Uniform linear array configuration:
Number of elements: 12
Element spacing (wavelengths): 0.5
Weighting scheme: exponential
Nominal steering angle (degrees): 0
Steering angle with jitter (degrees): -0.5316
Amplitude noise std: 0.05
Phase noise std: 0.05

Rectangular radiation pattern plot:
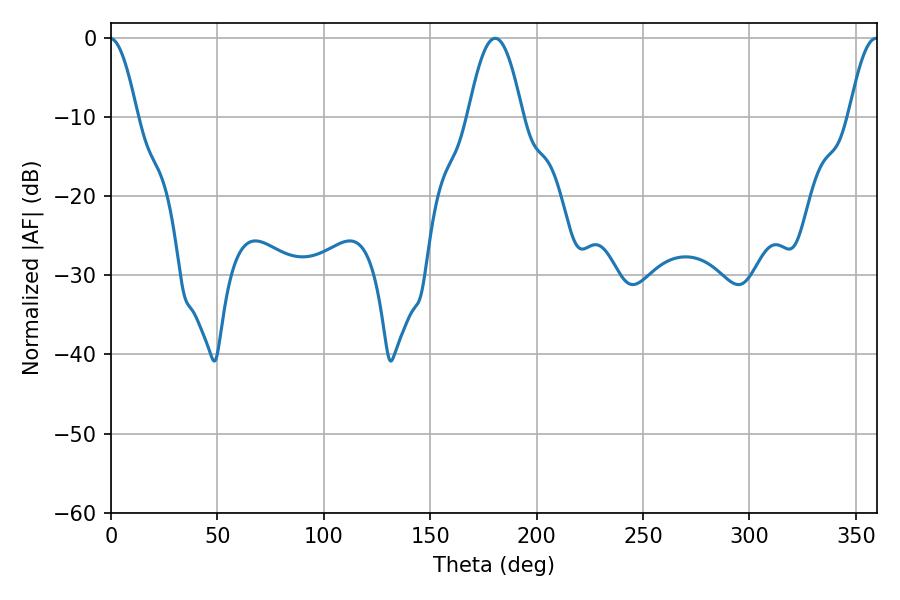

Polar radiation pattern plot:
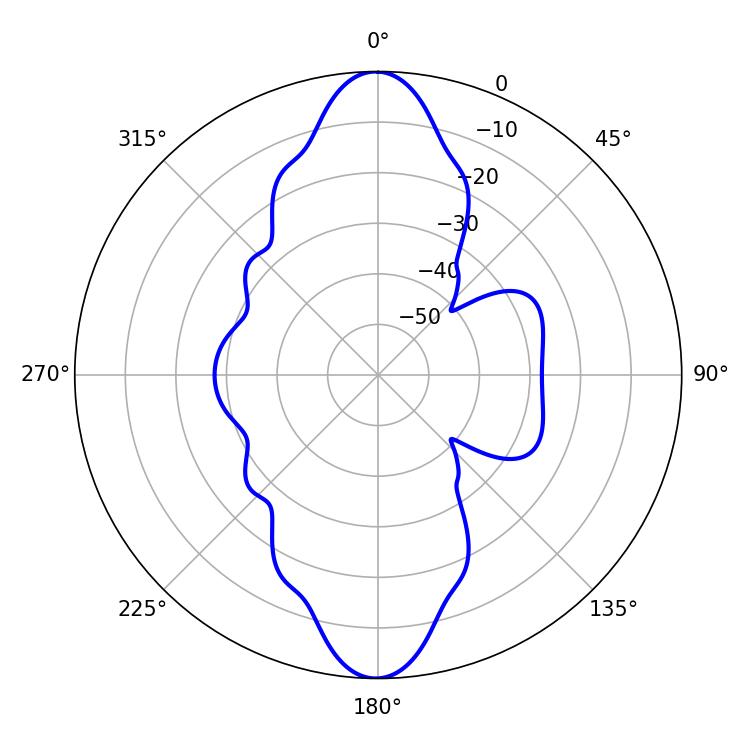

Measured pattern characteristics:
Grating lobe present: FALSE
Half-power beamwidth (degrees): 13.86
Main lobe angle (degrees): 180.54